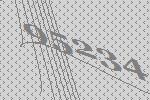
95234